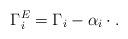
LaTeX: \begin{align*}\Gamma^E_i=\Gamma_i-\alpha_i\cdot.\end{align*}